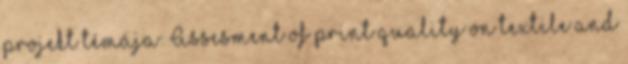
projekt témája: Assesment of print quality on textile and